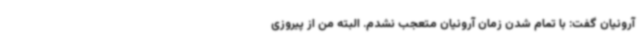
آرونیان گفت: با تمام شدن زمان آرونیان متعجب نشدم. البته من از پیروزی